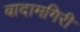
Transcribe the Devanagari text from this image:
बादामगिरी